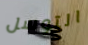
التوسل